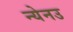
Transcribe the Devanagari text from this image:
न्येनउ